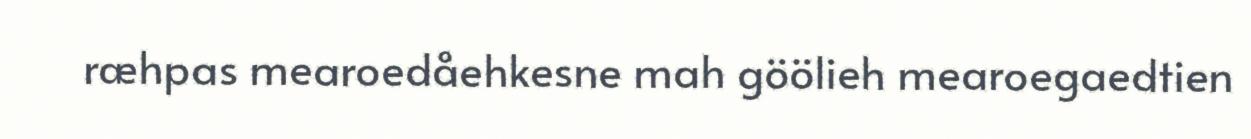
ræhpas mearoedåehkesne mah göölieh mearoegaedtien